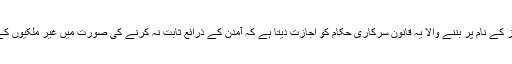
بی بی سی کی مشہور زمانہ سیریز کے نام پر بننے والا یہ قانون سرکاری حکام کو اجازت دیتا ہے کہ آمدن کے ذرائع ثابت نہ کرنے کی صورت میں غیر ملکیوں کے تمام اثاثے ضبط کیے جا سکیں۔